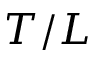
T / L